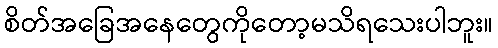
စိတ်အခြေအနေတွေကိုတော့မသိရသေးပါဘူး။